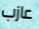
عازب